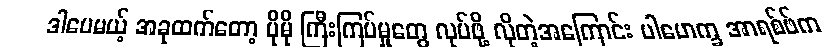
ဒါပေမယ့် အခုထက်တော့ ပိုမို ကြီးကြပ်မှုတွေ လုပ်ဖို့ လိုတဲ့အကြောင်း ပါမောက္ခ အာရစ်ဖ်က